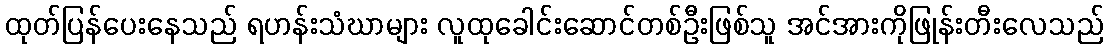
ထုတ်ပြန်ပေးနေသည် ရဟန်းသံဃာများ လူထုခေါင်းဆောင်တစ်ဦးဖြစ်သူ အင်အားကိုဖြုန်းတီးလေသည်